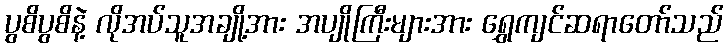
ပွစိပွစိနဲ့ လိုအပ်သူအချို့အား အပျိုကြီးများအား ရွှေကျင်ဆရာတော်သည်